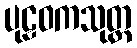
ပုဠဝကသုတ္တ